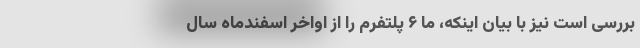
بررسی است نیز با بیان اینکه، ما ۶ پلتفرم را از اواخر اسفندماه سال